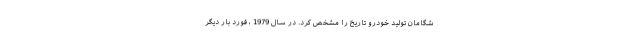
شگامان تولید خودرو تاریخ را مشخص کرد. در سال 1979 ، فورد بار دیگر